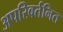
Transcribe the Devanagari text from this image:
अपरिवर्तनित